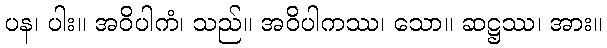
ပန၊ ပါး။ အဝိပါကံ၊ သည်။ အဝိပါကဿ၊ သော။ ဆဋ္ဌဿ၊ အား။